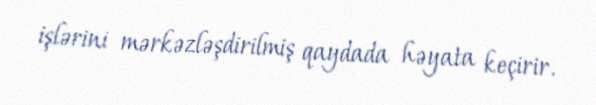
işlərini mərkəzləşdirilmiş qaydada həyata keçirir.